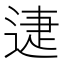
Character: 𨓰